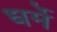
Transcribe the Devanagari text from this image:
धर्मे